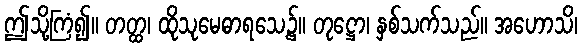
ဤသို့ကြံ၍။ တတ္ထ၊ ထိုသုမေဓာရသေ့၌။ တုဋ္ဌော၊ နှစ်သက်သည်။ အဟောသိ၊